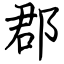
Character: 郡